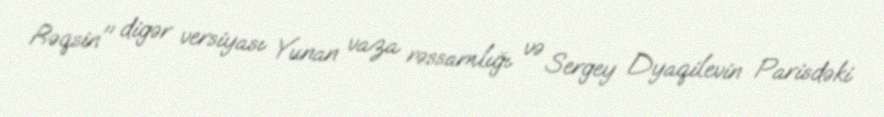
Rəqsin" digər versiyası Yunan vaza rəssamlığı və Sergey Dyaqilevin Parisdəki